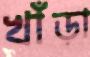
খাঁড়া